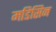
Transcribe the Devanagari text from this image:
मडिसिन